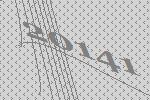
20141